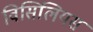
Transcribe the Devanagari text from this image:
विसिलियस